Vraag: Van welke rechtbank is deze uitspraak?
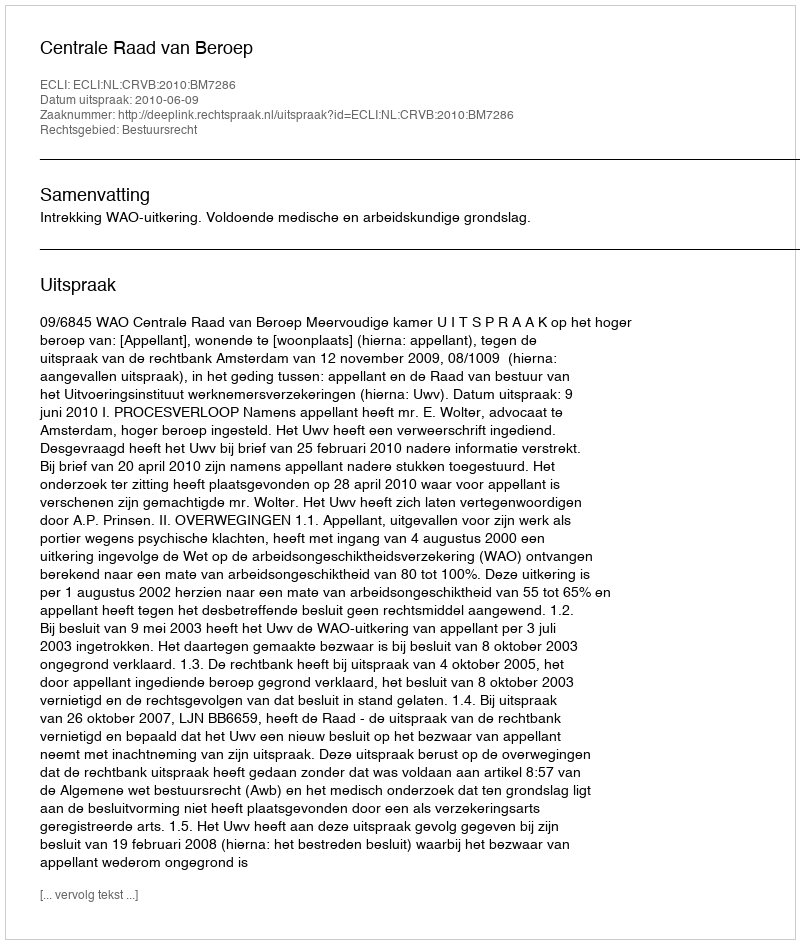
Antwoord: Centrale Raad van Beroep